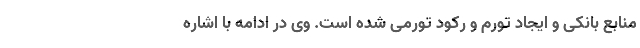
منابع بانکی و ایجاد تورم و رکود تورمی شده است. وی در ادامه با اشاره